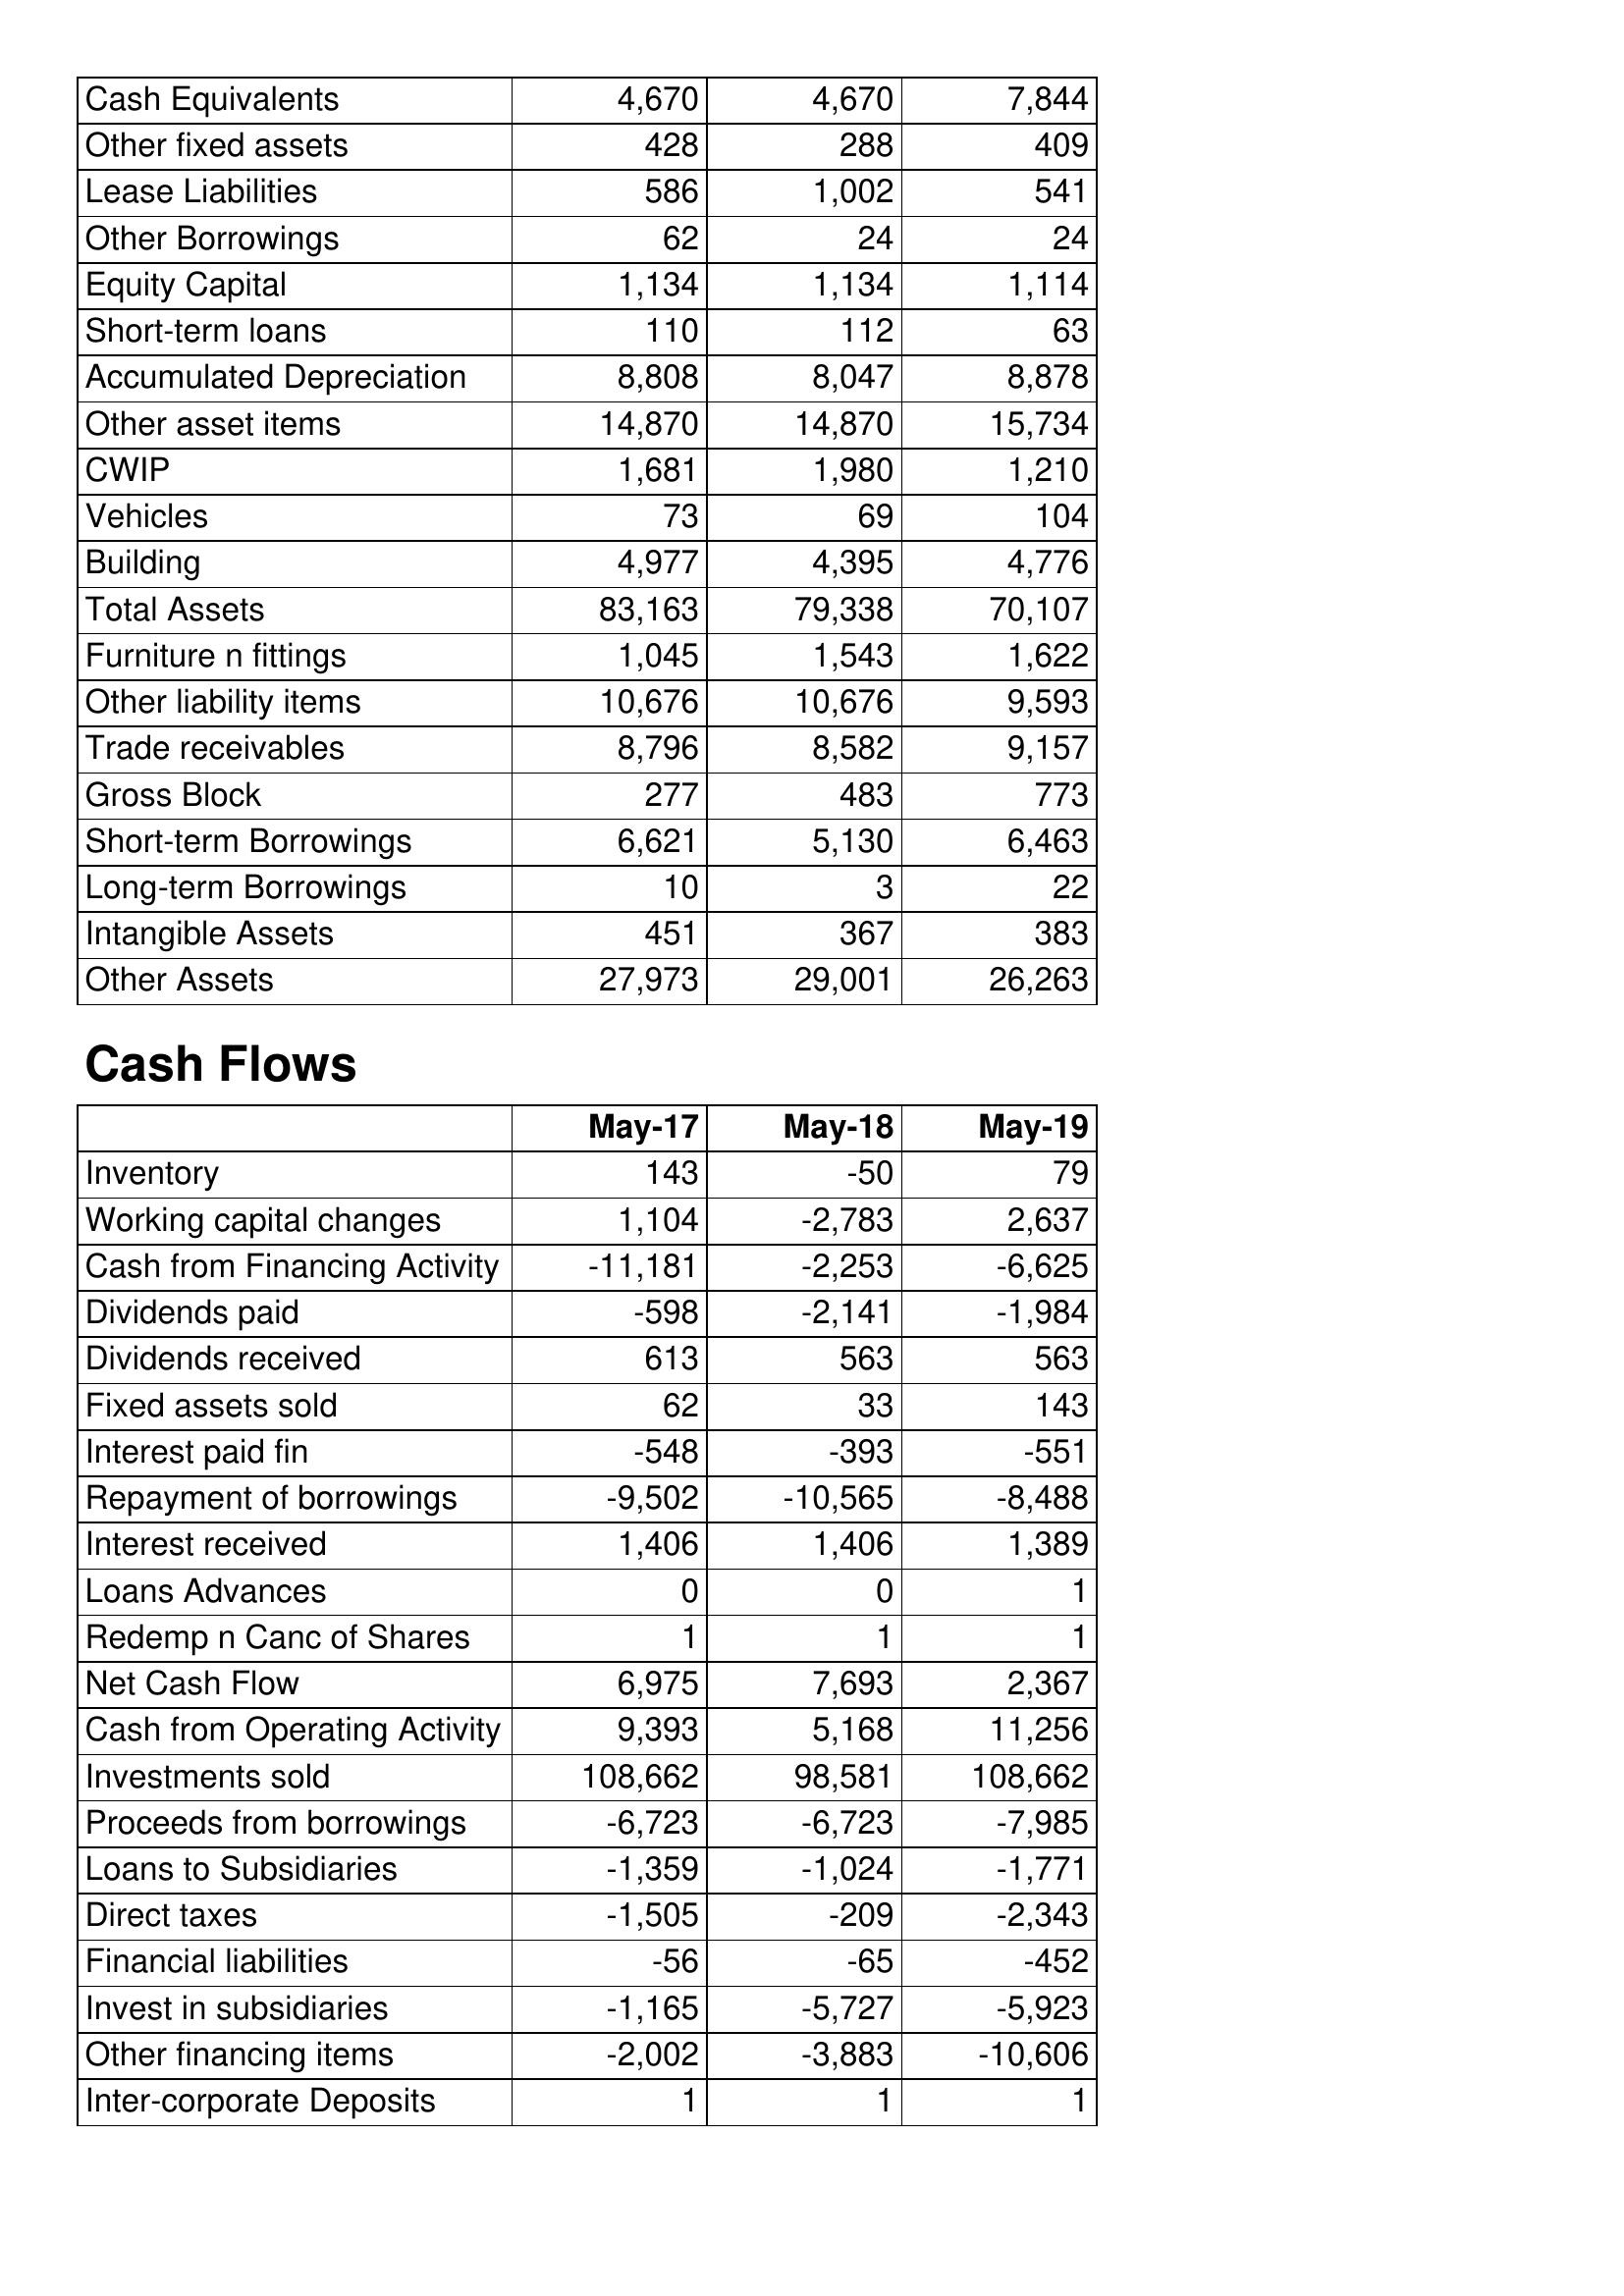
May-17: Balance Sheet: Cash Equivalents: 4,670
Other fixed assets: 428
Lease Liabilities: 586
Other Borrowings: 62
Equity Capital: 1,134
Short-term loans: 110
Accumulated Depreciation: 8,808
Other asset items: 14,870
CWIP: 1,681
Vehicles: 73
Building: 4,977
Total Assets: 83,163
Furniture n fittings: 1,045
Other liability items: 10,676
Trade receivables: 8,796
Gross Block: 277
Short-term Borrowings: 6,621
Long-term Borrowings: 10
Intangible Assets: 451
Other Assets: 27,973
Cash Flows: Inventory: 143
Working capital changes: 1,104
Cash from Financing Activity: -11,181
Dividends paid: -598
Dividends received: 613
Fixed assets sold: 62
Interest paid fin: -548
Repayment of borrowings: -9,502
Interest received: 1,406
Loans Advances: 0
Redemp n Canc of Shares: 1
Net Cash Flow: 6,975
Cash from Operating Activity: 9,393
Investments sold: 108,662
Proceeds from borrowings: -6,723
Loans to Subsidiaries: -1,359
Direct taxes: -1,505
Financial liabilities: -56
Invest in subsidiaries: -1,165
Other financing items: -2,002
Inter-corporate Deposits: 1
May-18: Balance Sheet: Cash Equivalents: 4,670
Other fixed assets: 288
Lease Liabilities: 1,002
Other Borrowings: 24
Equity Capital: 1,134
Short-term loans: 112
Accumulated Depreciation: 8,047
Other asset items: 14,870
CWIP: 1,980
Vehicles: 69
Building: 4,395
Total Assets: 79,338
Furniture n fittings: 1,543
Other liability items: 10,676
Trade receivables: 8,582
Gross Block: 483
Short-term Borrowings: 5,130
Long-term Borrowings: 3
Intangible Assets: 367
Other Assets: 29,001
Cash Flows: Inventory: -50
Working capital changes: -2,783
Cash from Financing Activity: -2,253
Dividends paid: -2,141
Dividends received: 563
Fixed assets sold: 33
Interest paid fin: -393
Repayment of borrowings: -10,565
Interest received: 1,406
Loans Advances: 0
Redemp n Canc of Shares: 1
Net Cash Flow: 7,693
Cash from Operating Activity: 5,168
Investments sold: 98,581
Proceeds from borrowings: -6,723
Loans to Subsidiaries: -1,024
Direct taxes: -209
Financial liabilities: -65
Invest in subsidiaries: -5,727
Other financing items: -3,883
Inter-corporate Deposits: 1
May-19: Balance Sheet: Cash Equivalents: 7,844
Other fixed assets: 409
Lease Liabilities: 541
Other Borrowings: 24
Equity Capital: 1,114
Short-term loans: 63
Accumulated Depreciation: 8,878
Other asset items: 15,734
CWIP: 1,210
Vehicles: 104
Building: 4,776
Total Assets: 70,107
Furniture n fittings: 1,622
Other liability items: 9,593
Trade receivables: 9,157
Gross Block: 773
Short-term Borrowings: 6,463
Long-term Borrowings: 22
Intangible Assets: 383
Other Assets: 26,263
Cash Flows: Inventory: 79
Working capital changes: 2,637
Cash from Financing Activity: -6,625
Dividends paid: -1,984
Dividends received: 563
Fixed assets sold: 143
Interest paid fin: -551
Repayment of borrowings: -8,488
Interest received: 1,389
Loans Advances: 1
Redemp n Canc of Shares: 1
Net Cash Flow: 2,367
Cash from Operating Activity: 11,256
Investments sold: 108,662
Proceeds from borrowings: -7,985
Loans to Subsidiaries: -1,771
Direct taxes: -2,343
Financial liabilities: -452
Invest in subsidiaries: -5,923
Other financing items: -10,606
Inter-corporate Deposits: 1